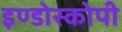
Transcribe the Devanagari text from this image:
इण्डोस्कोपी